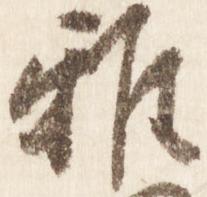
雅